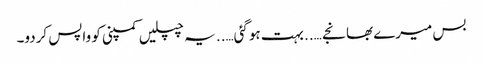
بس میرے بھانجے ….. بہت ہوگئی….. یہ چپلیں کمپنی کو واپس کردو۔